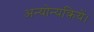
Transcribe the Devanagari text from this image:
अन्योन्यक्रियें।